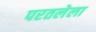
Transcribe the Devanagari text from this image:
परतलेला